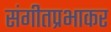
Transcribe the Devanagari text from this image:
संगीतप्रभाकर